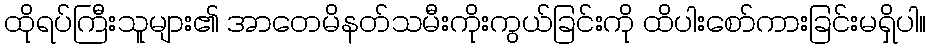
ထိုရပ်ကြီးသူများ၏ အာတေမိနတ်သမီးကိုးကွယ်ခြင်းကို ထိပါးစော်ကားခြင်းမရှိပါ။